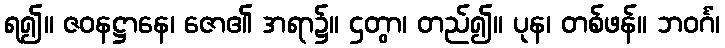
ရ၍။ ဇဝနဋ္ဌာနေ၊ ဇော၏ အရာ၌။ ဌတွာ၊ တည်၍။ ပုန၊ တစ်ဖန်။ ဘဝင်္ဂံ၊